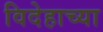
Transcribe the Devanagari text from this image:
विदेहाच्या